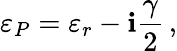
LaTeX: \varepsilon_{P}=\varepsilon_{r}-\mathbf{i}\frac{{\gamma}}{{2}}\, ,